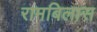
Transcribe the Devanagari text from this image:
रामबिलास